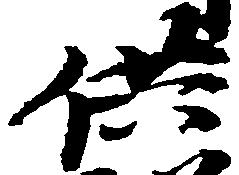
供